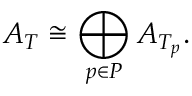
A _ { T } \cong \bigoplus _ { p \in P } A _ { T _ { p } } .